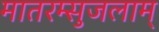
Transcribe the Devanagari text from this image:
मातरम्सुजलाम्